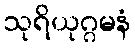
သုရိယုဂ္ဂမနံ